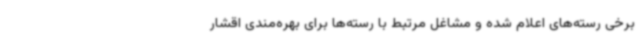
برخی رسته‌های اعلام شده و مشاغل مرتبط با رسته‌ها برای بهره‌مندی اقشار